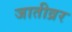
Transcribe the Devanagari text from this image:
जातीव्रर